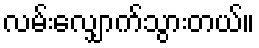
လမ်းလျှောက်သွားတယ်။